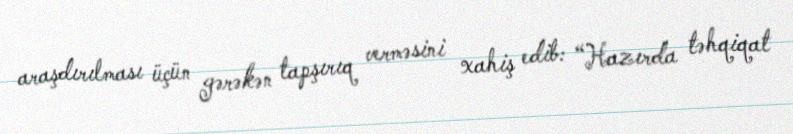
araşdırılması üçün gərəkən tapşırıq verməsini xahiş edib: “Hazırda təhqiqat